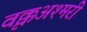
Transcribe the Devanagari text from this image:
वृक्कअश्मरी